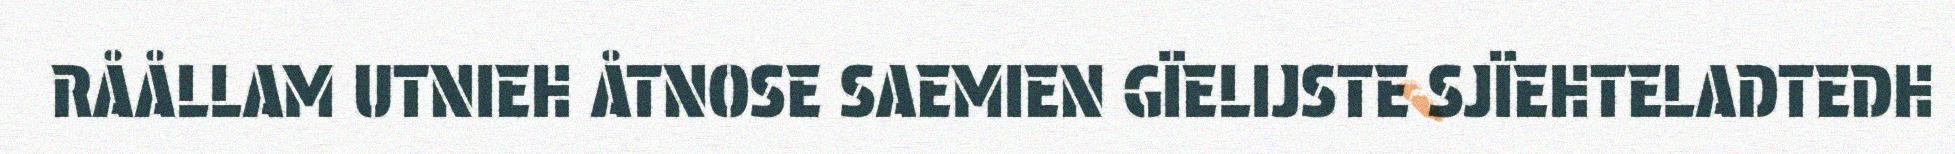
RÅÅLLAM UTNIEH ÅTNOSE SAEMIEN GÏELIJSTE SJÏEHTELADTEDH